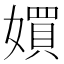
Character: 㜥